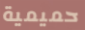
حميمية